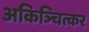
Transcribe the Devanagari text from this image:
अकिञ्चित्कर